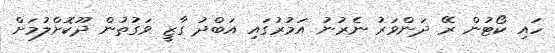
ހައި ކޯޓުން ރޭ ދަންވަރު ނެރުނު އަމުރުގައި އަބްދު ގާޒީ ވަގުތުން ދޫކޮށްލުމަށް